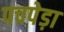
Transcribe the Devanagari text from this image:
पचपेड़ा